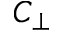
C _ { \perp }